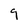
Character: 9